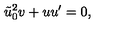
\tilde { u } _ { 0 } ^ { 2 } v + u u ^ { \prime } = 0 ,